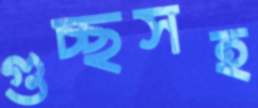
গুচ্ছসহ